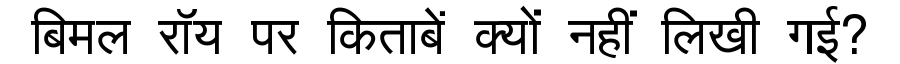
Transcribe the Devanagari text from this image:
बिमल रॉय पर किताबें क्यों नहीं लिखी गई?